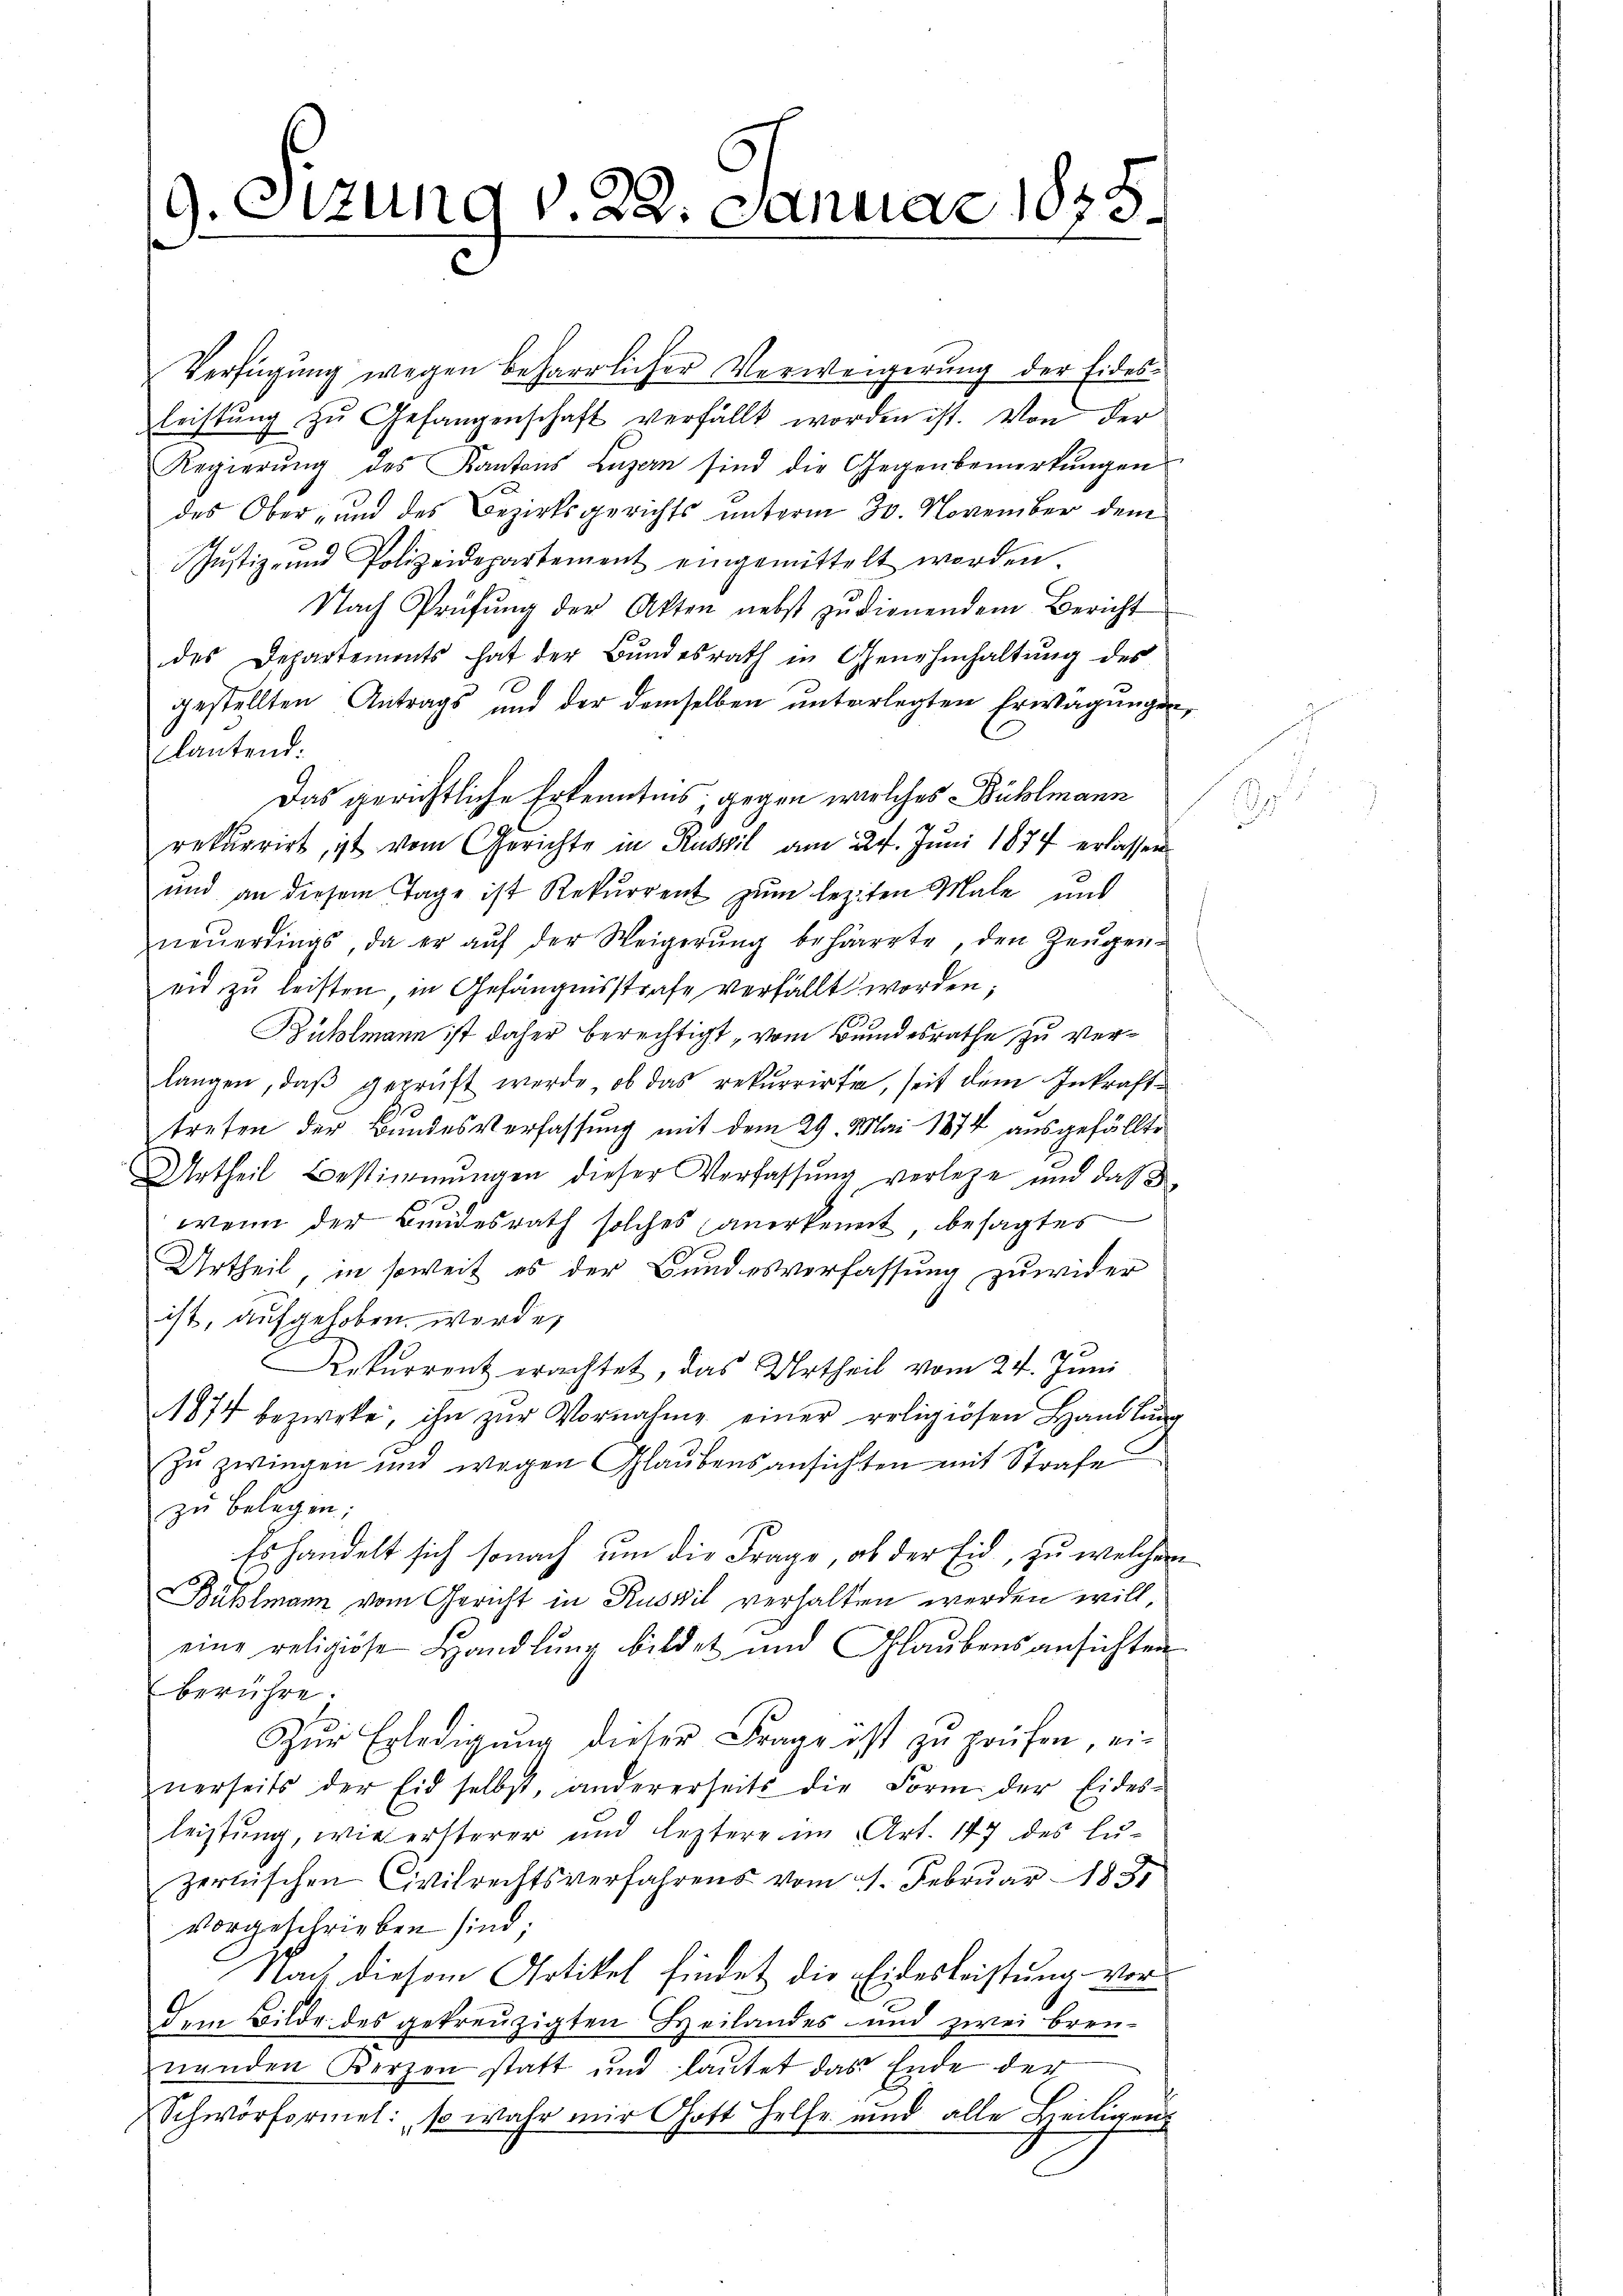
19. Sizung v. 22. Januar 1875.

Verfügung wegen beharrlicher Verweigerung der Eidesleistŭng zŭ Gefangenschaft verfällt worden ist. Von der
Regierŭng des Kantons Luzern sind die Gegenbemerkŭngen
des Ober- und des Bezirksgerichts unterm 30. November dem
Justiz- und Polizeidepartement eingemittelt werden
Nach Prüfŭng der Akten nebst zŭ dienendem Bericht
des Departements hat der Bundesrath in Genehmhaltung des
gestellten Antrags und der demselben unterlegten Erwägungen
lautend:
Das gerichtliche Erkenntnis, gegen welches Bühlmann
rekurrirt, ist vom Gerichte in Ruswil am 27. Juni 1874 erlassen
und an diesem Tage ist Rekurrent zum lezten Male und
neŭerdings, da er aŭf der Weigerŭng beharrte, den Zeugen-
eid zu leisten in Gefängnisstrafe verfällt worden;
Bühlmann ist daher berechtigt, vom Bundesrathe zu verlangen, daβ geprüft werde, ob das rekurrirte, seit dem Inkrafttreten der Bundesverfassung mit dem 29. Mai 1874 ausgefällte
Urtheil Bestimmungen dieser Verfassung verlege und das
wenn der Bundesrath solches anerkennt, besagtes
Urtheil, in soweit es der Bundesverfassung zuwider
ist, aufgehoben, worden
10
Rekurrent erachtet, das Urtheil vom 24. Juni
1874 bezweke, ihn zŭr Vornahme einer religiösen Handlŭng
zu zwingen und wegen Glaubensansichten mit Strafe
zu belegen;
Es handelt sich sonach um die Frage, ob der Eid, zu welchen
Bühlmann vom Gericht in Ruswil verhalten werden will,
eine religiöse Handlung bildet und Glaubensansichten
berühre.
Zŭr Erledigŭng dieser Frage ist zŭ prüfen, ei-
nerseits der Eid selbst, andererseits die Form der Eides-
leistung, wie ersterer und leztere im Art. 147 des lu-
zerischen Civilrechtsverfahrens vom 4. Februar 1831
vorgeschrieben sind;
Nach diesem Artikel findet die Eidesleistung vor
dem Bilde des gekreuzigten Heilandes- und zwei Brennenden Kerzen statt und lautet das Ende der
Schwörformel: so wahr mir Gott helfe und alle Heiligen

.